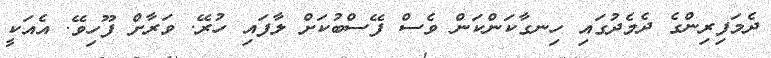
ދެމަފިރިންގެ ދެމެދުގައި ހިނގާކަންކަން ވެސް ފޭސްބުކަށް ލާފައި ހުރޭ. ވަރާށް ފޫހިވޭ. އެއަކީ